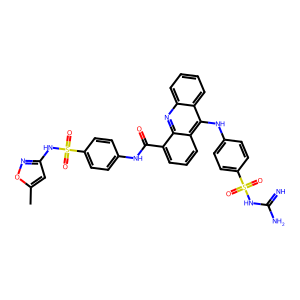
SMILES: Cc1cc(NS(=O)(=O)c2ccc(NC(=O)c3cccc4c(Nc5ccc(S(=O)(=O)NC(=N)N)cc5)c5ccccc5nc34)cc2)no1
Inhibits HIV replication: Yes